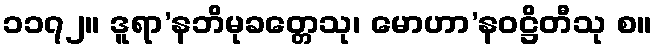
၁၁၇၂။ ဒူရာ’နဘိမုခတ္တေသု၊ မောဟာ’နဝဋ္ဌိတီသု စ။